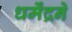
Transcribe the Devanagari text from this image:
धर्मेंद्रने